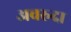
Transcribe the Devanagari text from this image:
अवरुदा